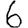
Digit: 6